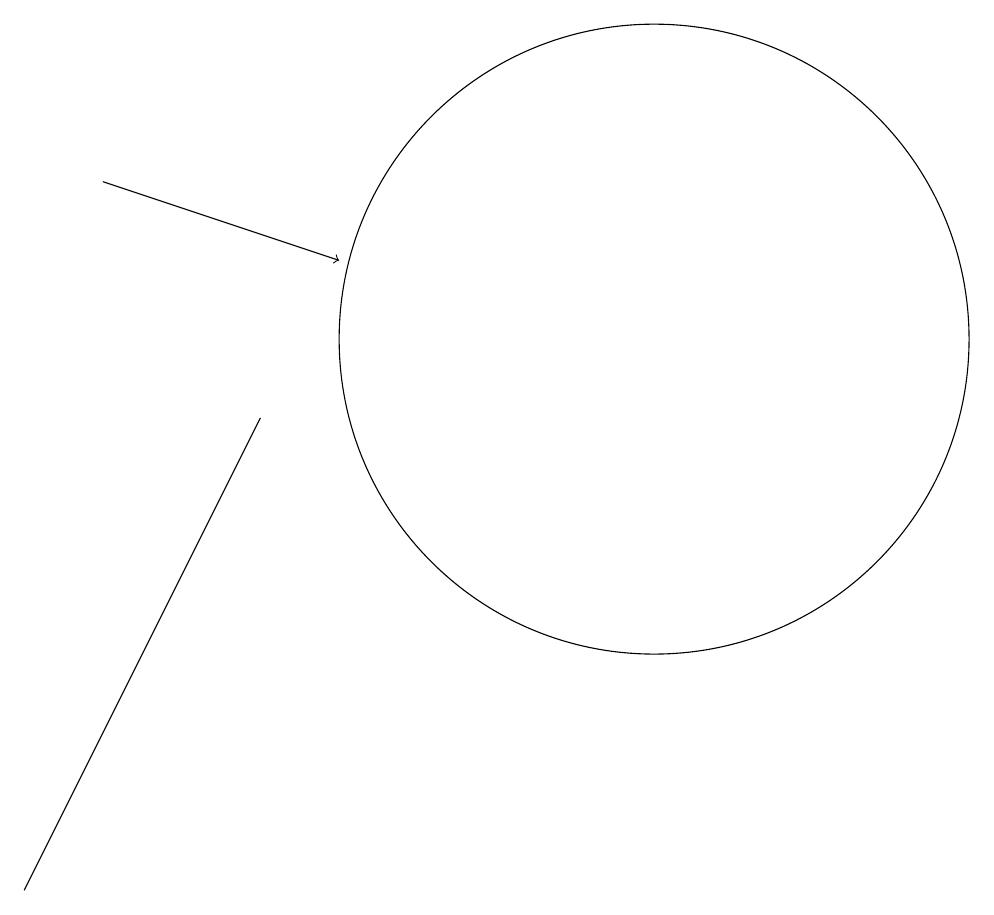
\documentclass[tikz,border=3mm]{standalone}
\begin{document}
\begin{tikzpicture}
\draw (10,10) circle (4);
\draw[->] (3,12) -- (6,11);
\draw (5,9) -- (2,3) -- (3,5) -- cycle;
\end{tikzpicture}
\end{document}